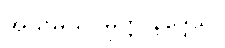
အသမယဝိမုတ္တိ နိဒ္ဒေသ။